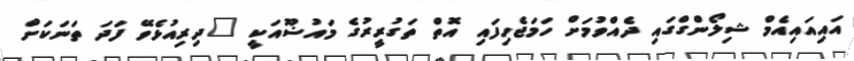
އައިއައިއެމް ޝިލޯންގްގައި ދެއްވުމަށް ހަމަޖެހިފައި އޮތް ތަގުރީރުގެ މައުޟޫއަކީ "ދިރިއުޅެވޭ ފަދަ ތަނަކަށް